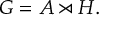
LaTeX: G = A \rtimes H .